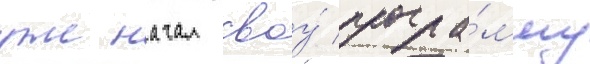
уже начал своу́ програ́мму